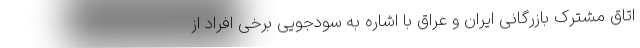
اتاق مشترک بازرگانی ایران و عراق با اشاره به سودجویی برخی افراد از